Problem: 7 × 8 = ?
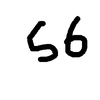
Handwritten answer: 56